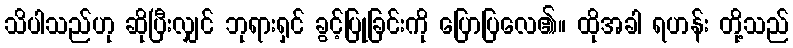
သိပါသည်ဟု ဆိုပြီးလျှင် ဘုရားရှင် ခွင့်ပြုခြင်းကို ပြောပြလေ၏။ ထိုအခါ ရဟန်း တို့သည်